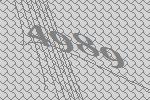
4989